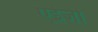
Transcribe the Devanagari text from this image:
एईजी